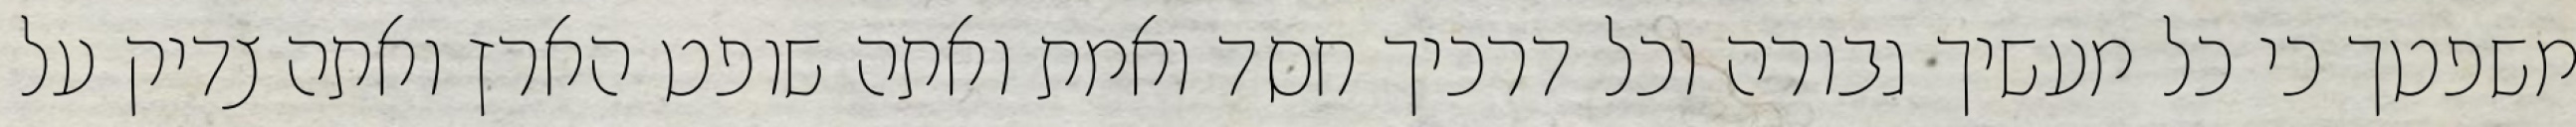
משפטך כי כל מעשיך גבורה וכל דרכיך חסד ואמת ואתה שופט הארץ ואתה צדיק על